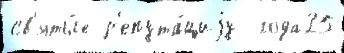
св'яты́е р'епута́циjу  года25